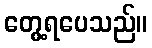
တွေ့ရပေသည်။